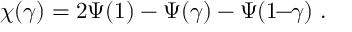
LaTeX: \chi ( \gamma ) = 2 \Psi ( 1 ) - \Psi ( \gamma ) - \Psi ( 1 \! \! - \! \! \gamma ) \ .